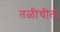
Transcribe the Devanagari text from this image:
तळीचील